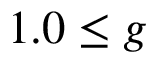
1 . 0 \leq g